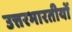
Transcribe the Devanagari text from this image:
उत्तरभारतीयों